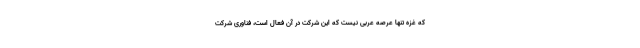
که غزه تنها عرصه عربی نیست که این شرکت در آن فعال است، فناوری شرکت